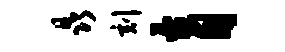
晶刻育